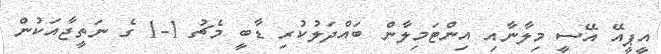
އީޕީއޭ އޭސީ މިލާނާއި އިންޓަމިލާން ބައްދަލުކުރި ޑާބީ މެޗު 1-1 ގެ ނަތީޖާއަކުން